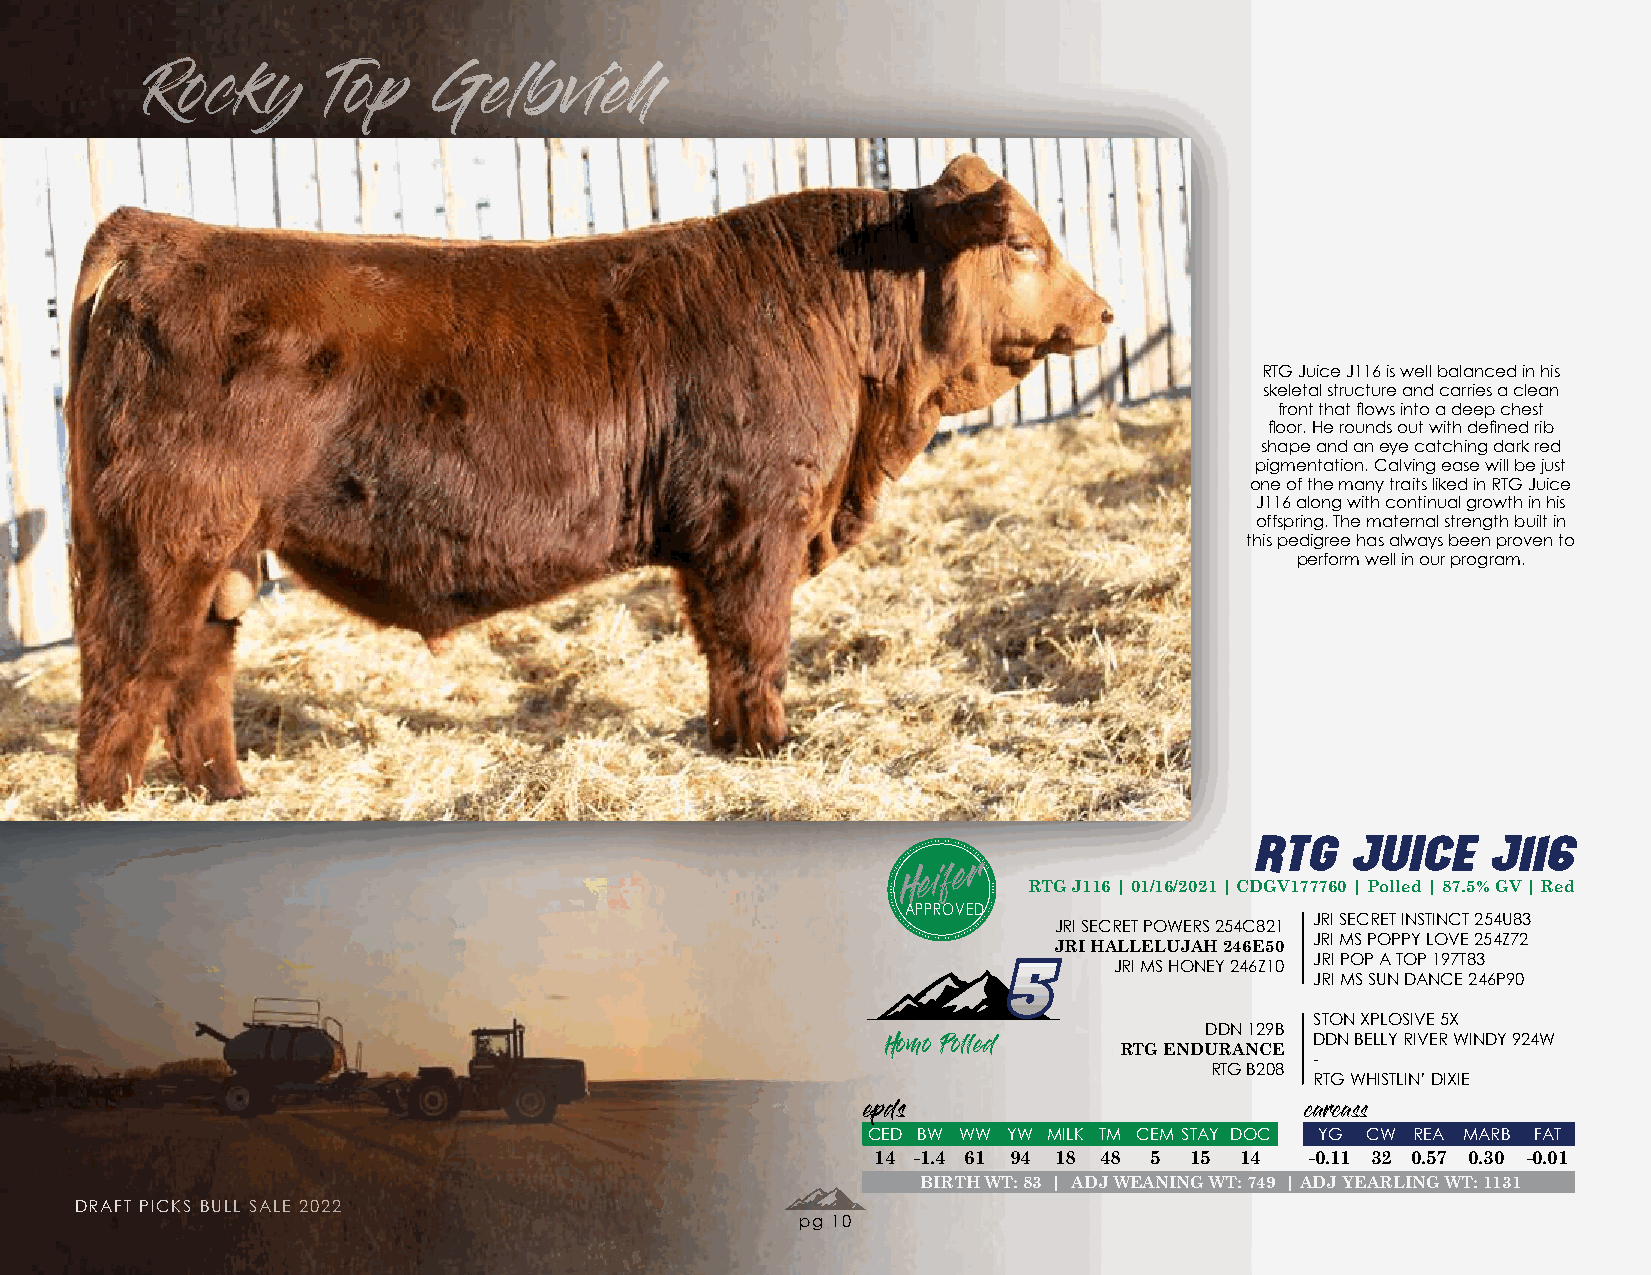
Rocky       Top    Gelbvieh
 RTG Juice J116 is well balanced in his
 skeletal structure and carries a clean
 front that flows into a deep chest
 floor. He rounds out with defined rib
 shape and an eye catching dark red
 pigmentation. Calving ease will be just
 one of the many traits liked in RTG Juice
 J116 along with continual growth in his
 offspring. The maternal strength built in
 this pedigree has always been proven to
 perform well in our program.
 RTG   JUICE    J116
 Heifer  RTG J116 | 01/16/2021 | CDGV177760 | Polled | 87.5% GV | Red
 APPROVED
 JRI SECRET INSTINCT 254U83
 JRI SECRET POWERS 254C821
 JRI HALLELUJAH 246E50 JRI MS POPPY LOVE 254Z72
 55                   JRI POP A TOP 197T83
 JRI MS HONEY 246Z10
 JRI MS SUN DANCE 246P90
 STON XPLOSIVE 5X
 DDN 129B
 DDN BELLY RIVER WINDY 924W
 RTG ENDURANCE
 Homo Polled                 -
 RTG B208
 RTG WHISTLIN’ DIXIE
 epds                         carcass
 CED BW WW YW MILK TM CEM STAY DOC YG CW REA MARB FAT
 14 -1.4 61 94 18 48 5 15 14  -0.11 32 0.57 0.30 -0.01
 BIRTH WT: 83 | ADJ WEANING WT: 749 | ADJ YEARLING WT: 1131
 DRAFT PICKS BULL SALE 2022
 pg 10